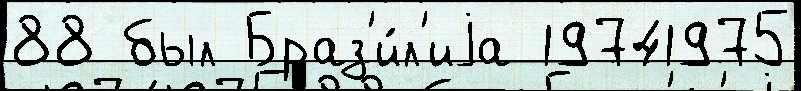
88 был Браз'и́л'иjа 19741975